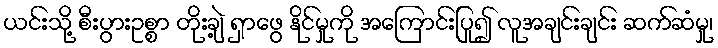
ယင်းသို့ စီးပွားဥစ္စာ တိုးချဲ့ ရှာဖွေ နိုင်မှုကို အကြောင်းပြု၍ လူအချင်းချင်း ဆက်ဆံမှု၊